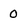
Character: 0